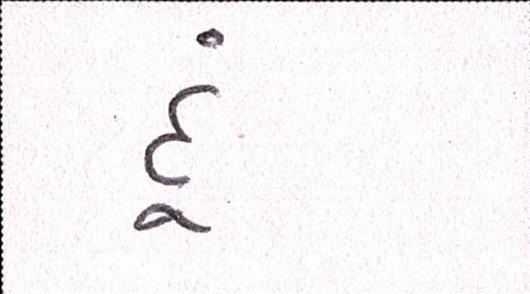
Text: દૂં